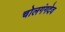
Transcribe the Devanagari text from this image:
चोलगंगदेव